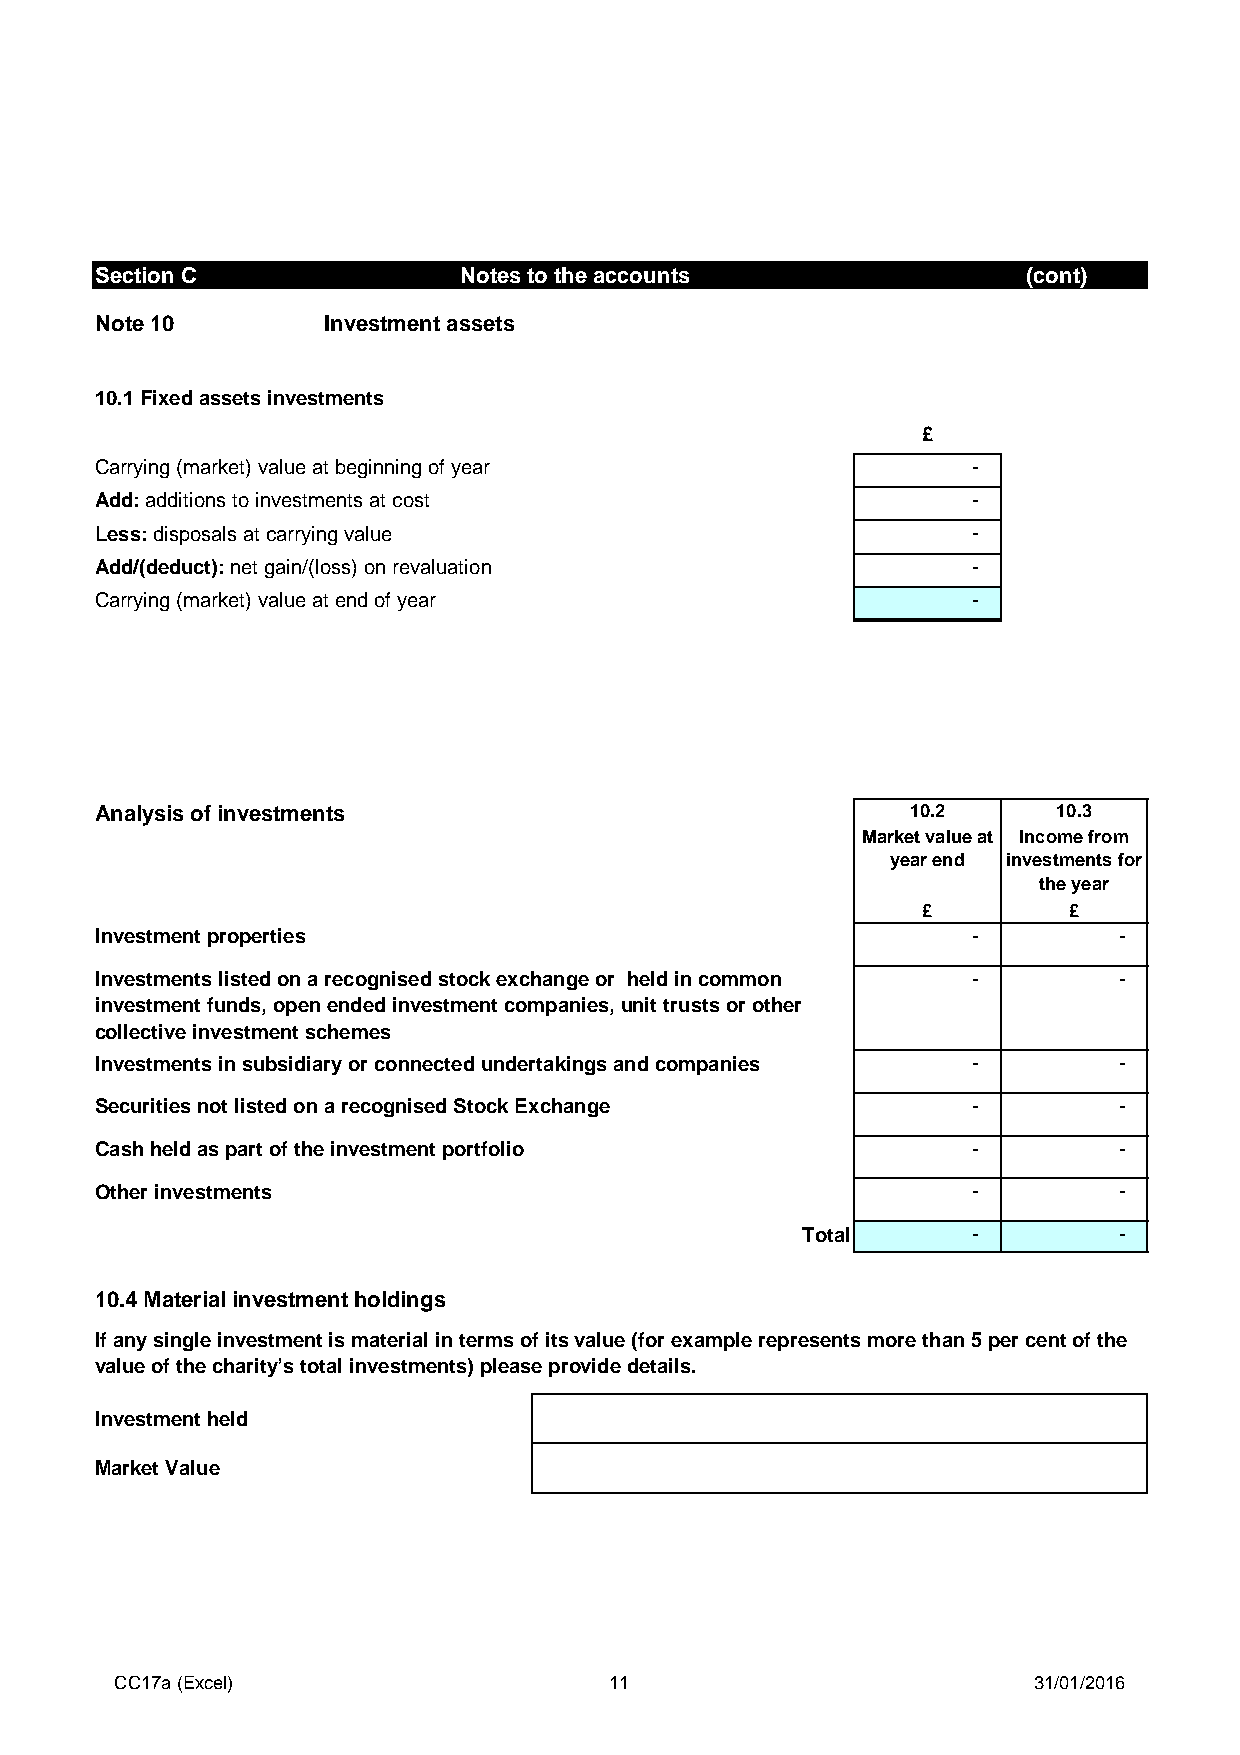
Section C               Notes to the accounts                 (cont)
 Note 10        Investment assets
 10.1 Fixed assets investments
 £
 Carrying (market) value at beginning of year              -
 Add: additions to investments at cost                     -
 Less: disposals at carrying value                         -
 Add/(deduct): net gain/(loss) on revaluation              -
 Carrying (market) value at end of year                    -
 Analysis of investments                               10.2      10.3
 Market value at Income from
 year end investments for
 the year
 £         £
 Investment properties                                     -         -
 Investments listed on a recognised stock exchange or held in common - -
 investment funds, open ended investment companies, unit trusts or other
 collective investment schemes
 Investments in subsidiary or connected undertakings and companies - -
 Securities not listed on a recognised Stock Exchange      -         -
 Cash held as part of the investment portfolio             -         -
 Other investments                                         -         -
 Total      -         -
 10.4 Material investment holdings
 If any single investment is material in terms of its value (for example represents more than 5 per cent of the
 value of the charity’s total investments) please provide details.
 Investment held
 Market Value
 CC17a (Excel)                   11                          31/01/2016